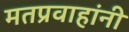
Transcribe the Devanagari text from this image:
मतप्रवाहांनी